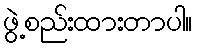
ဖွဲ့စည်းထားတာပါ။